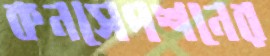
কনসেপশনের